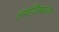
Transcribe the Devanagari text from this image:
अर्थाविष्कारात